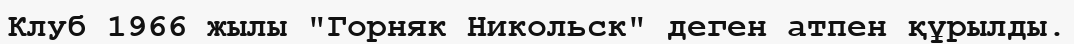
Клуб 1966 жылы "Горняк Никольск" деген атпен құрылды.